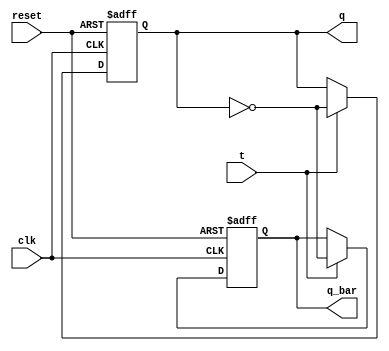
module t_ff (
    input wire clk,
    input wire reset,
    input wire t,
    output reg q,
    output reg q_bar
);

always @(posedge clk or posedge reset) begin
    if (reset) begin
        q <= 1'b0;
        q_bar <= 1'b1;
    end else if (t) begin
        q <= ~q;
        q_bar <= ~q;
    end
end

endmodule